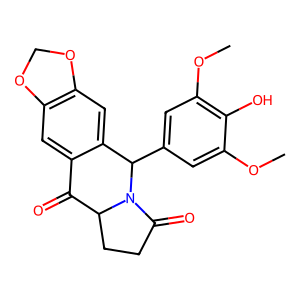
SMILES: COc1cc(C2c3cc4c(cc3C(=O)C3CCC(=O)N32)OCO4)cc(OC)c1O
Inhibits HIV replication: No